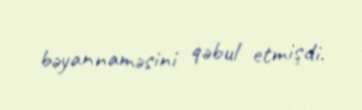
bəyannaməsini qəbul etmişdi.